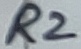
Text: R2